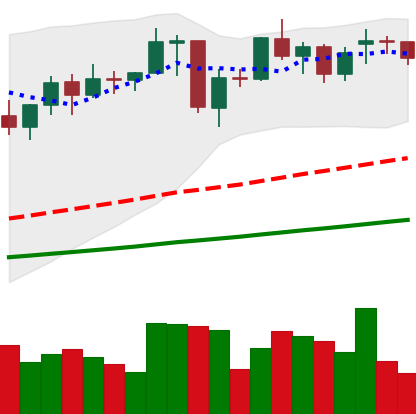
Ticker: ETH-USD
Chart end date: 2021-01-31
Forward return: 30.697%
Label: up_7plus